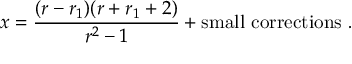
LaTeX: x = \frac { ( r - r _ { 1 } ) ( r + r _ { 1 } + 2 ) } { r ^ { 2 } - 1 } + \mathrm { s m a l l ~ c o r r e c t i o n s } \ .